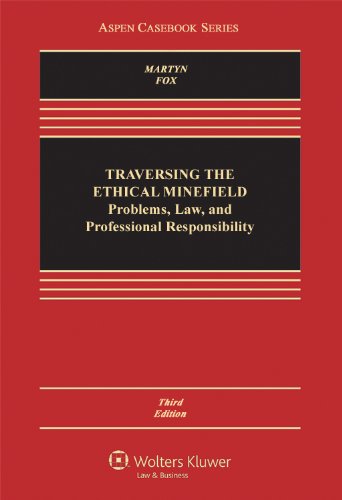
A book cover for Traversing the Ethical Minefield: Problems, Law, and Professional Responsibility, Third Edition (Aspen Casebooks); Susan R. Martyn; Law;